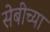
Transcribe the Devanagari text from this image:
सेबीच्या